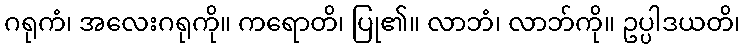
ဂရုကံ၊ အလေးဂရုကို။ ကရောတိ၊ ပြု၏။ လာဘံ၊ လာဘ်ကို။ ဥပ္ပါဒယတိ၊